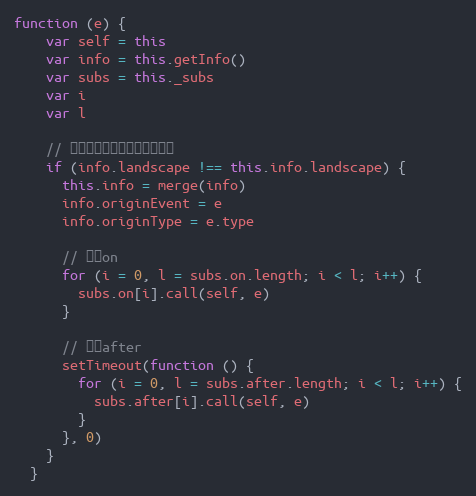
Language: JavaScript
function (e) {
    var self = this
    var info = this.getInfo()
    var subs = this._subs
    var i
    var l

    // 如果不等于上次方向，则触发
    if (info.landscape !== this.info.landscape) {
      this.info = merge(info)
      info.originEvent = e
      info.originType = e.type

      // 执行on
      for (i = 0, l = subs.on.length; i < l; i++) {
        subs.on[i].call(self, e)
      }

      // 执行after
      setTimeout(function () {
        for (i = 0, l = subs.after.length; i < l; i++) {
          subs.after[i].call(self, e)
        }
      }, 0)
    }
  }